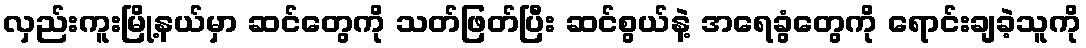
လှည်းကူးမြို့နယ်မှာ ဆင်တွေကို သတ်ဖြတ်ပြီး ဆင်စွယ်နဲ့ အရေခွံတွေကို ရောင်းချခဲ့သူကို